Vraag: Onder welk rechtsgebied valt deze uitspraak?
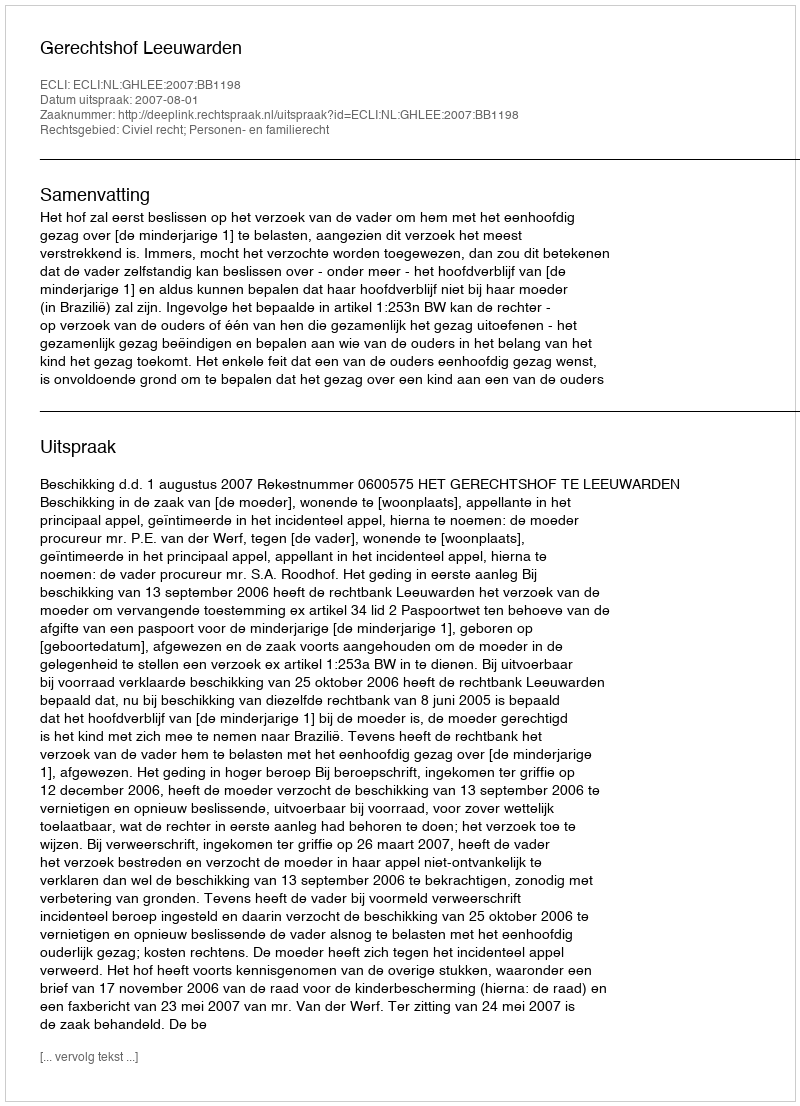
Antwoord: Civiel recht; Personen- en familierecht